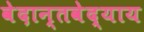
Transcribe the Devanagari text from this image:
वेदान्तवेद्याय